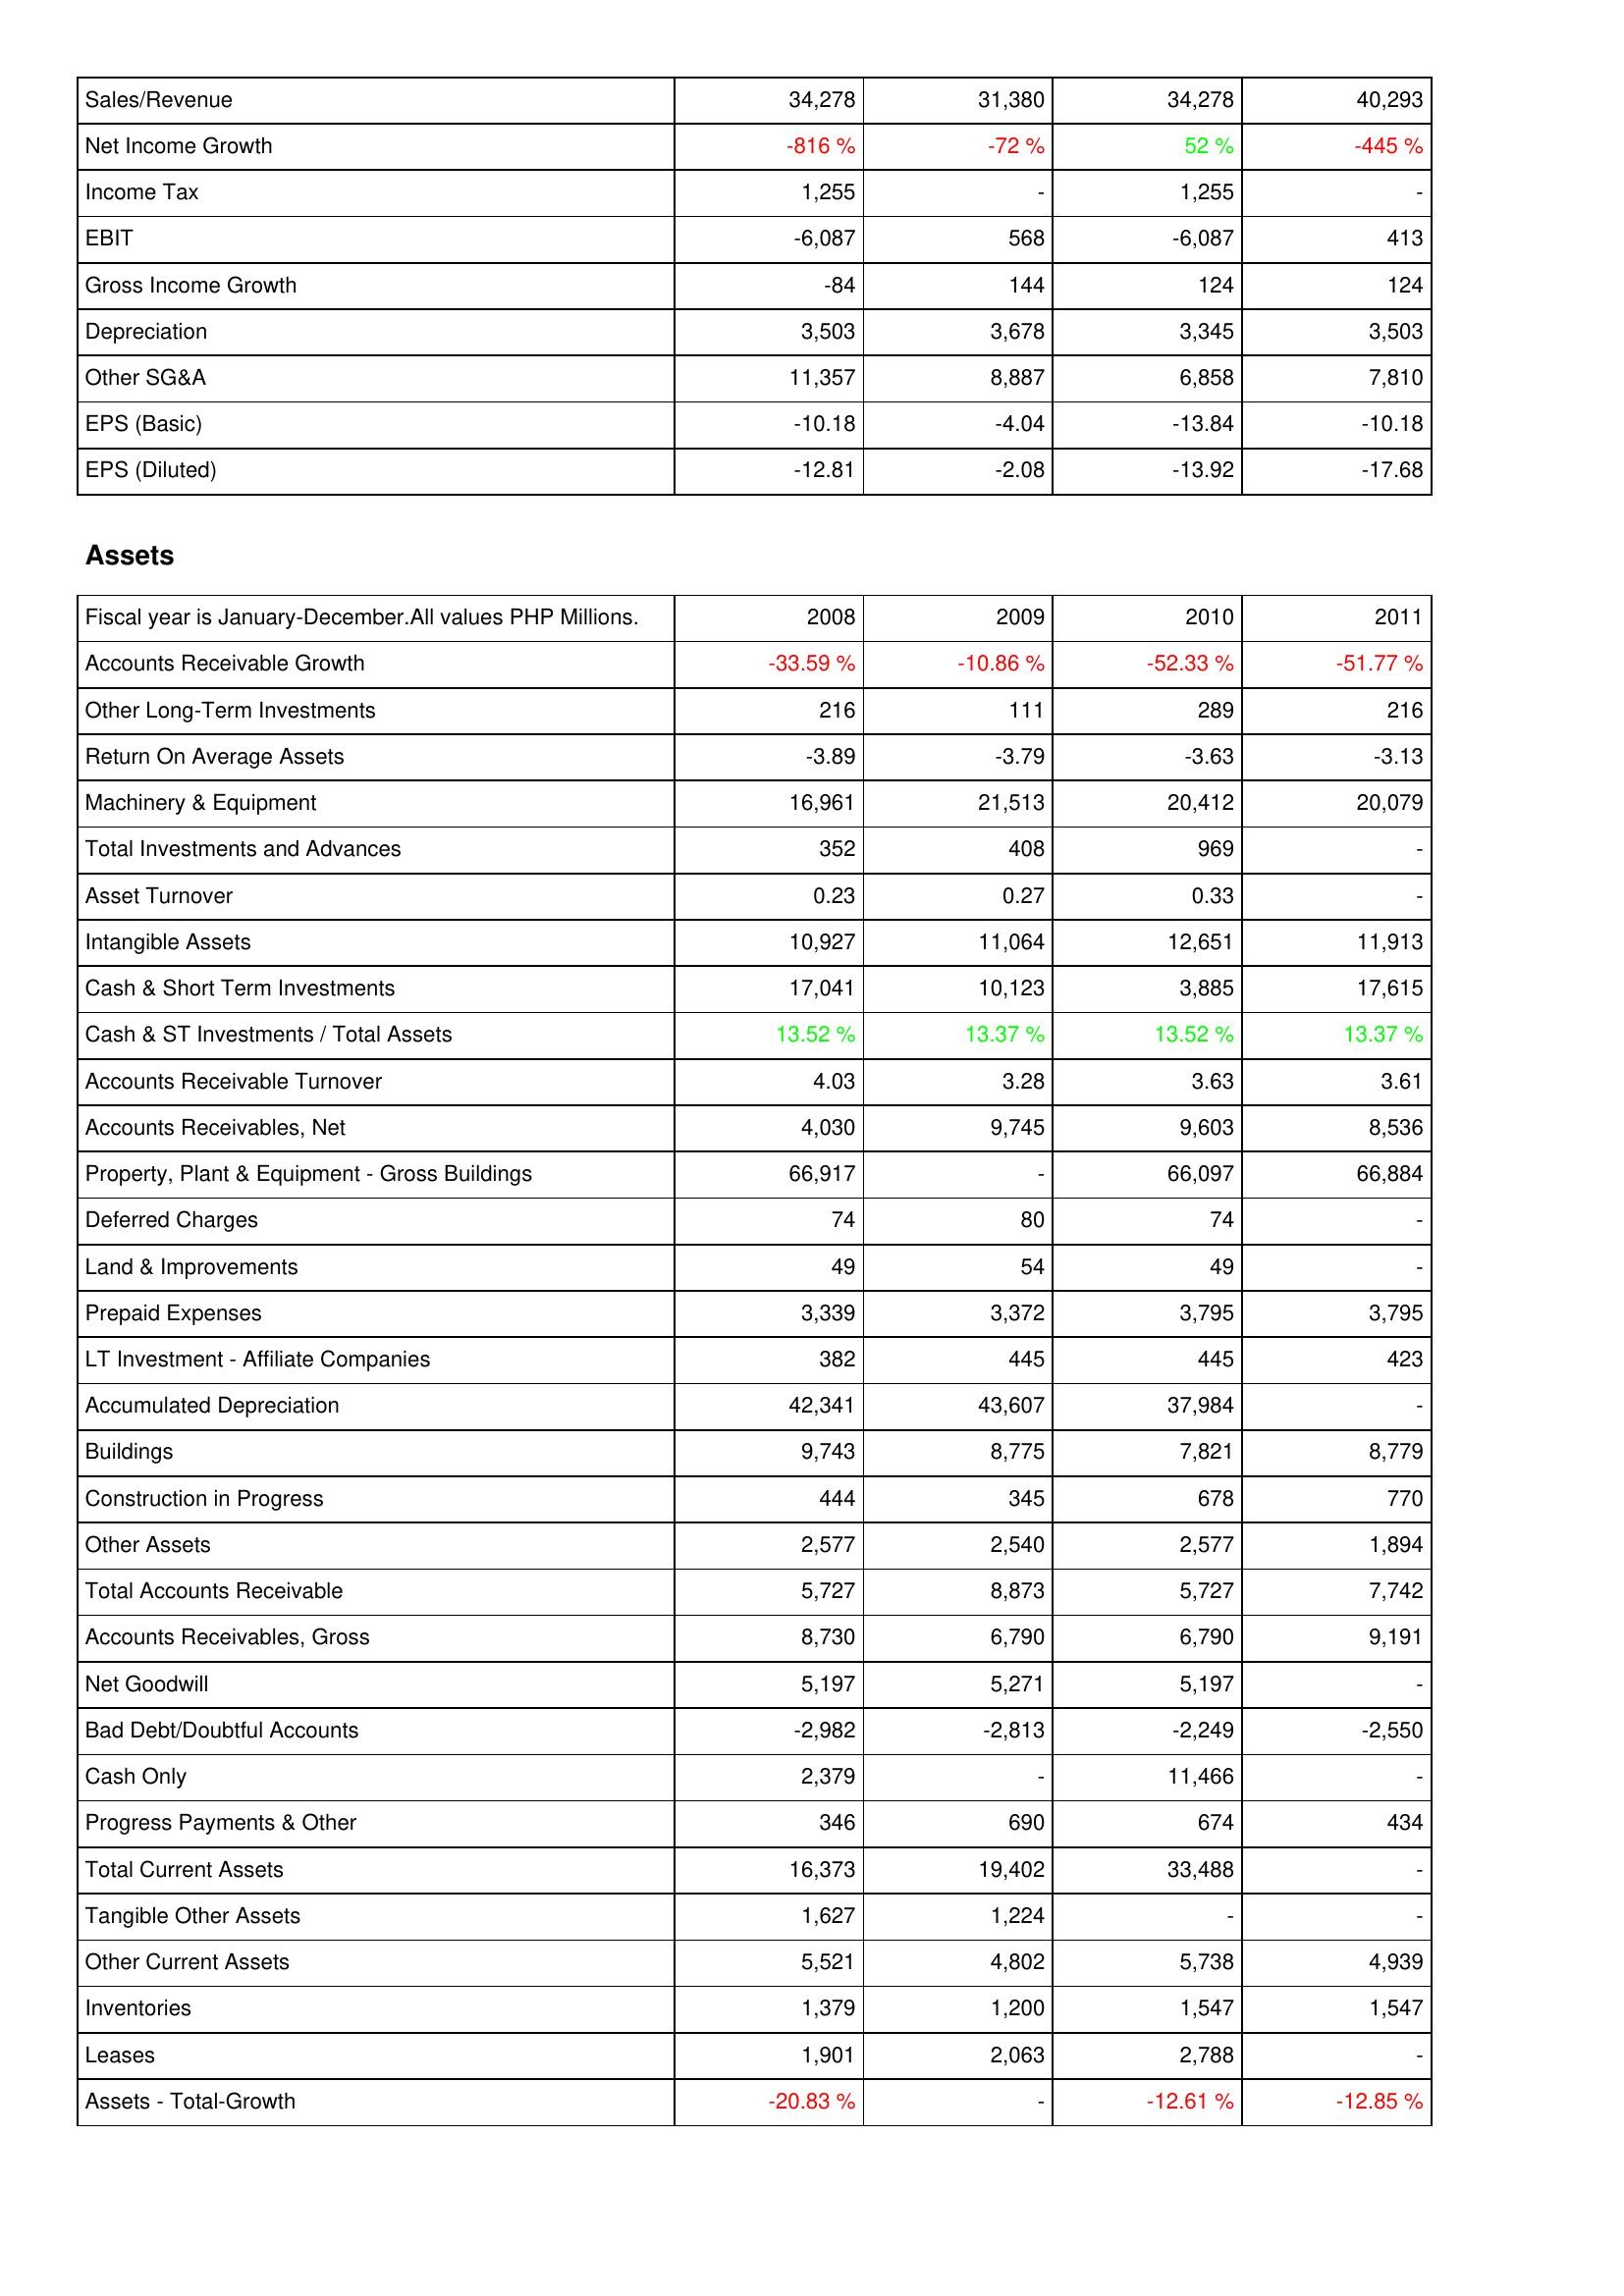
2008: Income Statement: Sales/Revenue: 34,278
Net Income Growth: -816 %
Income Tax: 1,255
EBIT: -6,087
Gross Income Growth: -84
Depreciation: 3,503
Other SG&A: 11,357
EPS (Basic): -10.18
EPS (Diluted): -12.81
Assets: Accounts Receivable Growth: -33.59 %
Other Long-Term Investments: 216
Return On Average Assets: -3.89
Machinery & Equipment: 16,961
Total Investments and Advances: 352
Asset Turnover: 0.23
Intangible Assets: 10,927
Cash & Short Term Investments: 17,041
Cash & ST Investments / Total Assets: 13.52 %
Accounts Receivable Turnover: 4.03
Accounts Receivables, Net: 4,030
Property, Plant & Equipment - Gross Buildings: 66,917
Deferred Charges: 74
Land & Improvements: 49
Prepaid Expenses: 3,339
LT Investment - Affiliate Companies: 382
Accumulated Depreciation: 42,341
Buildings: 9,743
Construction in Progress: 444
Other Assets: 2,577
Total Accounts Receivable: 5,727
Accounts Receivables, Gross: 8,730
Net Goodwill: 5,197
Bad Debt/Doubtful Accounts: -2,982
Cash Only: 2,379
Progress Payments & Other: 346
Total Current Assets: 16,373
Tangible Other Assets: 1,627
Other Current Assets: 5,521
Inventories: 1,379
Leases: 1,901
Assets - Total-Growth: -20.83 %
2009: Income Statement: Sales/Revenue: 31,380
Net Income Growth: -72 %
Income Tax: -
EBIT: 568
Gross Income Growth: 144
Depreciation: 3,678
Other SG&A: 8,887
EPS (Basic): -4.04
EPS (Diluted): -2.08
Assets: Accounts Receivable Growth: -10.86 %
Other Long-Term Investments: 111
Return On Average Assets: -3.79
Machinery & Equipment: 21,513
Total Investments and Advances: 408
Asset Turnover: 0.27
Intangible Assets: 11,064
Cash & Short Term Investments: 10,123
Cash & ST Investments / Total Assets: 13.37 %
Accounts Receivable Turnover: 3.28
Accounts Receivables, Net: 9,745
Property, Plant & Equipment - Gross Buildings: -
Deferred Charges: 80
Land & Improvements: 54
Prepaid Expenses: 3,372
LT Investment - Affiliate Companies: 445
Accumulated Depreciation: 43,607
Buildings: 8,775
Construction in Progress: 345
Other Assets: 2,540
Total Accounts Receivable: 8,873
Accounts Receivables, Gross: 6,790
Net Goodwill: 5,271
Bad Debt/Doubtful Accounts: -2,813
Cash Only: -
Progress Payments & Other: 690
Total Current Assets: 19,402
Tangible Other Assets: 1,224
Other Current Assets: 4,802
Inventories: 1,200
Leases: 2,063
Assets - Total-Growth: -
2010: Income Statement: Sales/Revenue: 34,278
Net Income Growth: 52 %
Income Tax: 1,255
EBIT: -6,087
Gross Income Growth: 124
Depreciation: 3,345
Other SG&A: 6,858
EPS (Basic): -13.84
EPS (Diluted): -13.92
Assets: Accounts Receivable Growth: -52.33 %
Other Long-Term Investments: 289
Return On Average Assets: -3.63
Machinery & Equipment: 20,412
Total Investments and Advances: 969
Asset Turnover: 0.33
Intangible Assets: 12,651
Cash & Short Term Investments: 3,885
Cash & ST Investments / Total Assets: 13.52 %
Accounts Receivable Turnover: 3.63
Accounts Receivables, Net: 9,603
Property, Plant & Equipment - Gross Buildings: 66,097
Deferred Charges: 74
Land & Improvements: 49
Prepaid Expenses: 3,795
LT Investment - Affiliate Companies: 445
Accumulated Depreciation: 37,984
Buildings: 7,821
Construction in Progress: 678
Other Assets: 2,577
Total Accounts Receivable: 5,727
Accounts Receivables, Gross: 6,790
Net Goodwill: 5,197
Bad Debt/Doubtful Accounts: -2,249
Cash Only: 11,466
Progress Payments & Other: 674
Total Current Assets: 33,488
Tangible Other Assets: -
Other Current Assets: 5,738
Inventories: 1,547
Leases: 2,788
Assets - Total-Growth: -12.61 %
2011: Income Statement: Sales/Revenue: 40,293
Net Income Growth: -445 %
Income Tax: -
EBIT: 413
Gross Income Growth: 124
Depreciation: 3,503
Other SG&A: 7,810
EPS (Basic): -10.18
EPS (Diluted): -17.68
Assets: Accounts Receivable Growth: -51.77 %
Other Long-Term Investments: 216
Return On Average Assets: -3.13
Machinery & Equipment: 20,079
Total Investments and Advances: -
Asset Turnover: -
Intangible Assets: 11,913
Cash & Short Term Investments: 17,615
Cash & ST Investments / Total Assets: 13.37 %
Accounts Receivable Turnover: 3.61
Accounts Receivables, Net: 8,536
Property, Plant & Equipment - Gross Buildings: 66,884
Deferred Charges: -
Land & Improvements: -
Prepaid Expenses: 3,795
LT Investment - Affiliate Companies: 423
Accumulated Depreciation: -
Buildings: 8,779
Construction in Progress: 770
Other Assets: 1,894
Total Accounts Receivable: 7,742
Accounts Receivables, Gross: 9,191
Net Goodwill: -
Bad Debt/Doubtful Accounts: -2,550
Cash Only: -
Progress Payments & Other: 434
Total Current Assets: -
Tangible Other Assets: -
Other Current Assets: 4,939
Inventories: 1,547
Leases: -
Assets - Total-Growth: -12.85 %